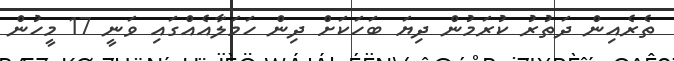
ތެރެއިން ދަތުރު ކުރަމުން ދިޔަ ބަހަކަށް ދިން ހަމަލާއެއްގައި ވަނީ 17 މީހުން